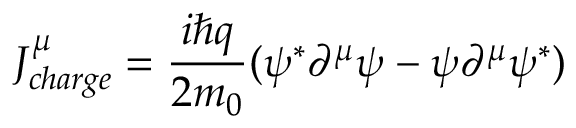
J _ { c h a r g e } ^ { \mu } = { \frac { i \hbar q } { 2 m _ { 0 } } } ( \psi ^ { * } \partial ^ { \mu } \psi - \psi \partial ^ { \mu } \psi ^ { * } )